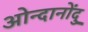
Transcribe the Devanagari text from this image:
ओन्दानोंदु